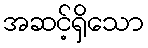
အဆင့်ရှိသော